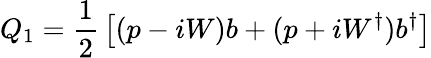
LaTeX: Q_{1}={\frac{1}{2}}\left[(p-iW)b+(p+iW^{\dagger})b^{\dagger}\right]